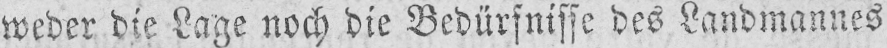
weder die Lage noch die Bedürfnisse des Landmannes